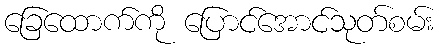
ခြေထောက်ကို ပြောင်အောင်သုတ်စမ်း